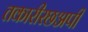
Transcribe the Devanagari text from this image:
तकारीरछअपी